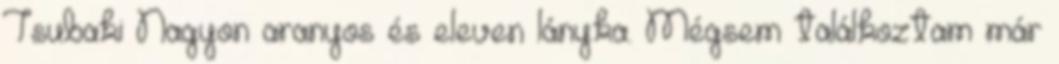
Tsubaki Nagyon aranyos és eleven lányka. Mégsem találkoztam már